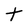
Character: t